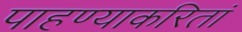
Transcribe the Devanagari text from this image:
पाहण्याकरितां